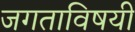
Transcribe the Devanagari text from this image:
जगताविषयी